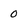
Character: 0